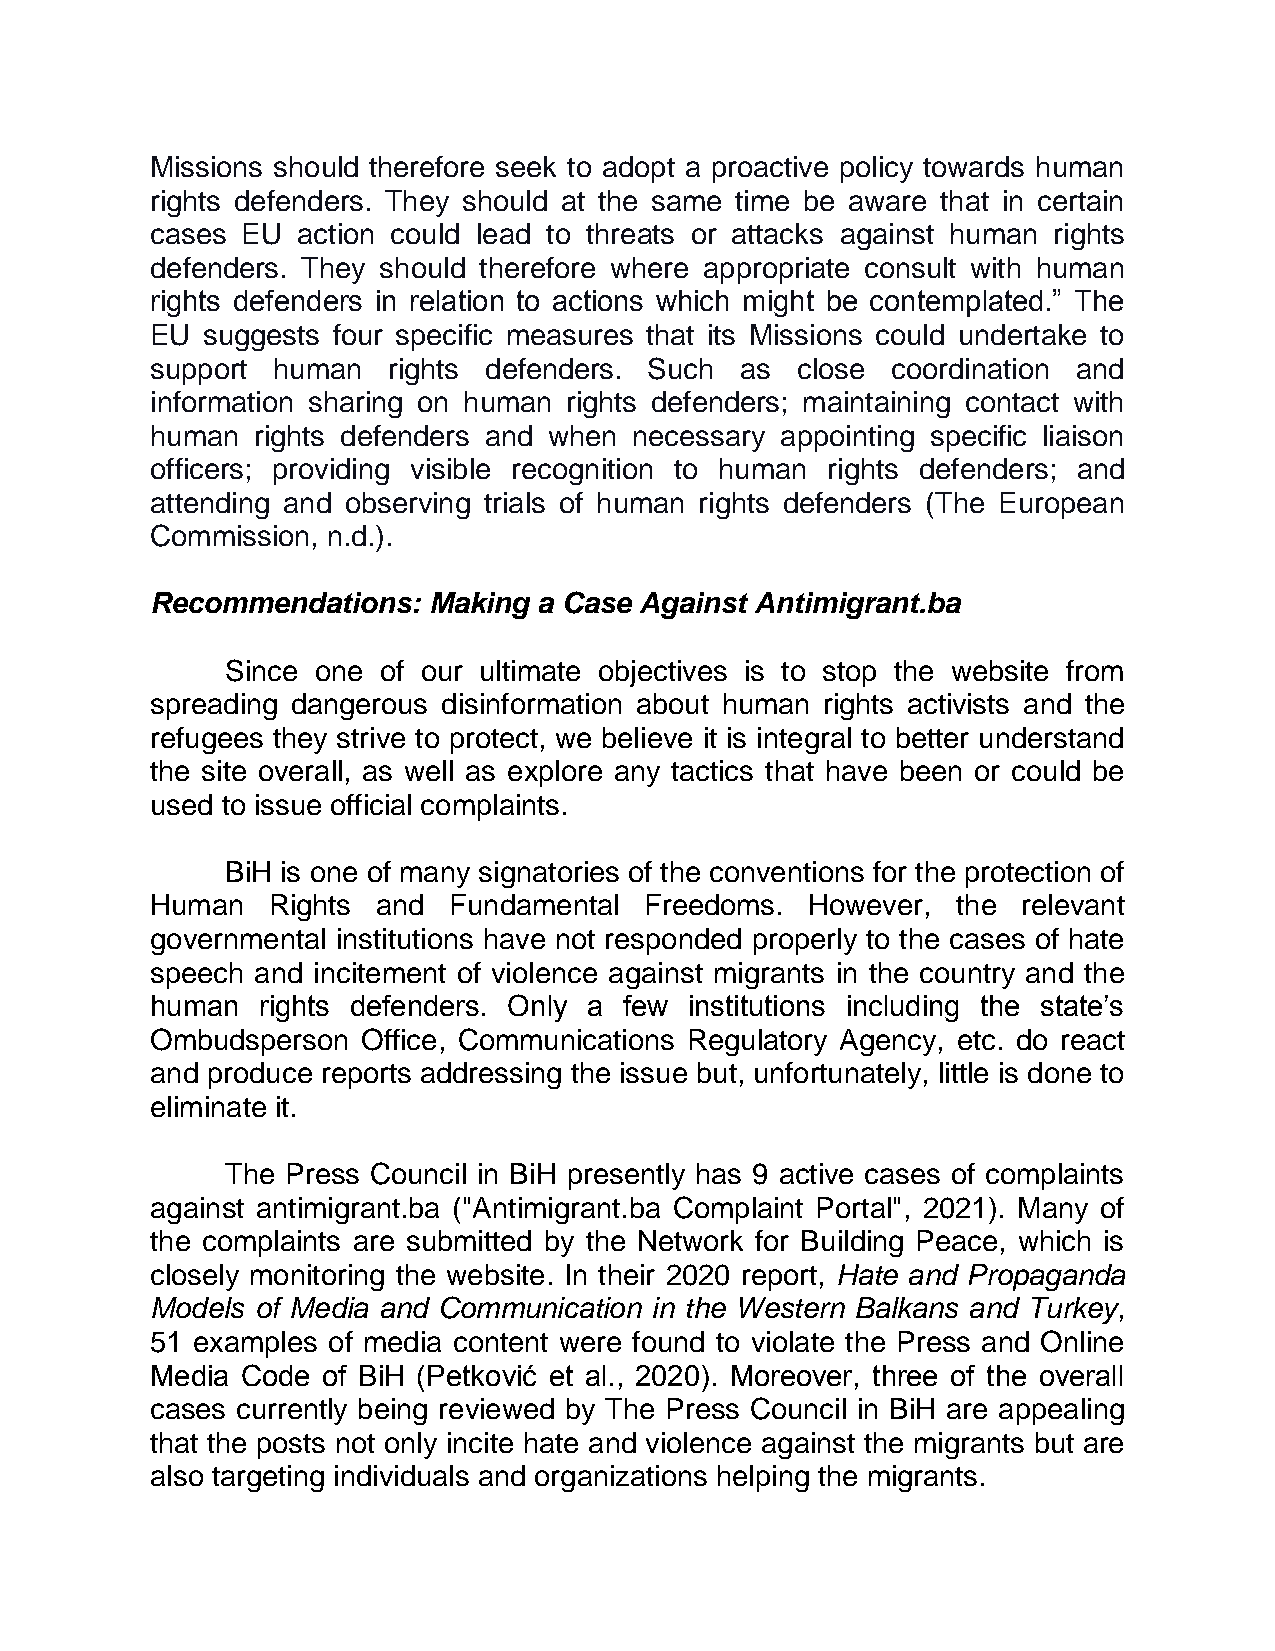
Missions should therefore seek to adopt a proactive policy towards human
 rights defenders. They should at the same time be aware that in certain
 cases EU  action could lead to threats or attacks against human rights
 defenders. They should therefore where appropriate consult with human
 rights defenders in relation to actions which might be contemplated.” The
 EU suggests four specific measures that its Missions could undertake to
 support human   rights defenders. Such as  close coordination and
 information sharing on human rights defenders; maintaining contact with
 human  rights defenders and when necessary appointing specific liaison
 officers; providing visible recognition to human rights defenders; and
 attending and observing trials of human rights defenders (The European
 Commission, n.d.).
 Recommendations:  Making  a Case Against Antimigrant.ba
 Since one of our ultimate objectives is to stop the website from
 spreading dangerous disinformation about human rights activists and the
 refugees they strive to protect, we believe it is integral to better understand
 the site overall, as well as explore any tactics that have been or could be
 used to issue official complaints.
 BiH is one of many signatories of the conventions for the protection of
 Human   Rights and  Fundamental  Freedoms.  However, the  relevant
 governmental institutions have not responded properly to the cases of hate
 speech and incitement of violence against migrants in the country and the
 human  rights defenders. Only a few institutions including the state’s
 Ombudsperson  Office, Communications Regulatory Agency, etc. do react
 and produce reports addressing the issue but, unfortunately, little is done to
 eliminate it.
 The Press Council in BiH presently has 9 active cases of complaints
 against antimigrant.ba ("Antimigrant.ba Complaint Portal", 2021). Many of
 the complaints are submitted by the Network for Building Peace, which is
 closely monitoring the website. In their 2020 report, Hate and Propaganda
 Models of Media and Communication in the Western Balkans and Turkey,
 51 examples of media content were found to violate the Press and Online
 Media Code of BiH (Petković et al., 2020). Moreover, three of the overall
 cases currently being reviewed by The Press Council in BiH are appealing
 that the posts not only incite hate and violence against the migrants but are
 also targeting individuals and organizations helping the migrants.